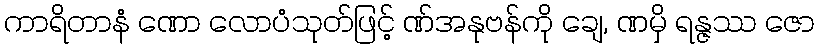
ကာရိတာနံ ဏော လောပံသုတ်ဖြင့် ဏ်အနုဗန်ကို ချေ, ဏမှိ ရန္ဇဿ ဇော